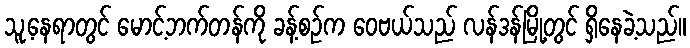
သူ့နေရာတွင် မောင့်ဘက်တန်ကို ခန့်စဉ်က ဝေဗယ်သည် လန်ဒန်မြို့တွင် ရှိနေခဲ့သည်။